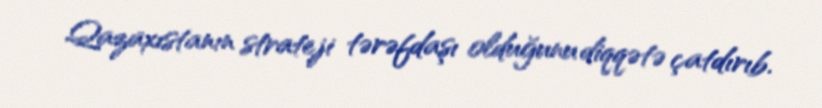
Qazaxıstanın strateji tərəfdaşı olduğunu diqqətə çatdırıb.